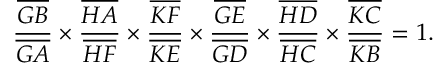
{ \frac { \overline { { G B } } } { \overline { { G A } } } } \times { \frac { \overline { { H A } } } { \overline { { H F } } } } \times { \frac { \overline { { K F } } } { \overline { { K E } } } } \times { \frac { \overline { { G E } } } { \overline { { G D } } } } \times { \frac { \overline { { H D } } } { \overline { { H C } } } } \times { \frac { \overline { { K C } } } { \overline { { K B } } } } = 1 .